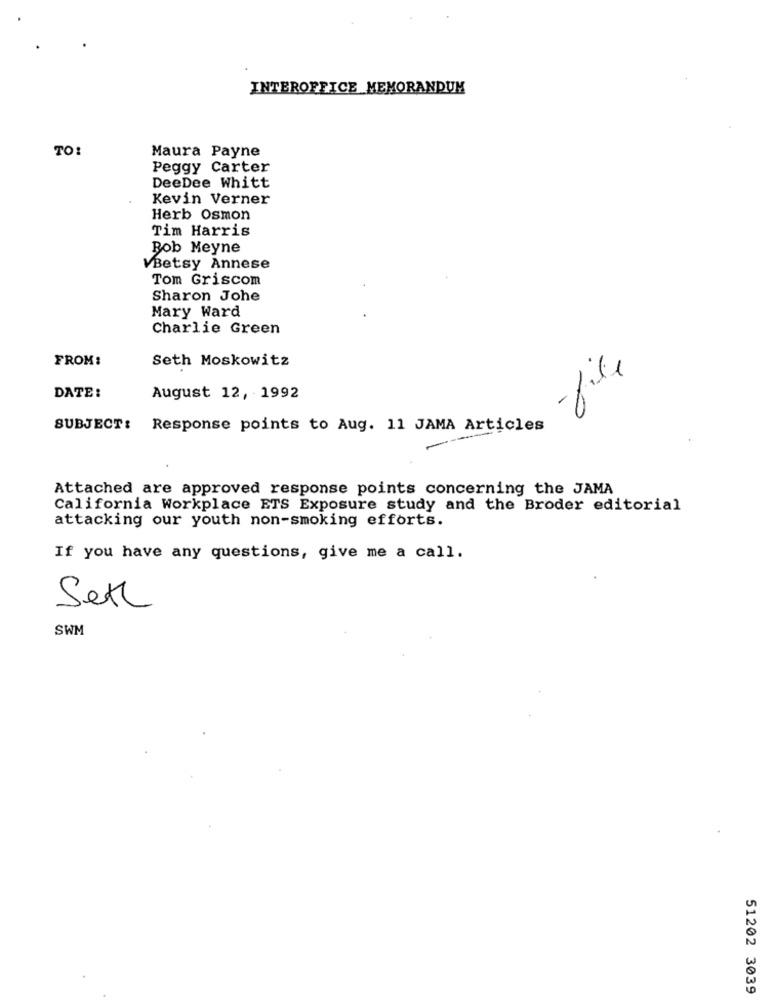
INTEROFFICE MEMORANDUM
TO:
Maura Payne
Peggy Carter
DeeDee Whitt
Kevin Verner
Herb Osmon
Tim Harris
Bob Meyne
Betsy Annese
Tom Griscom
Sharon Johe
Mary Ward
Charlie Green
FROM:
Seth Moskowitz
file
DATE:
August 12, 1992
SUBJECT: Response points to Aug. 11 JAMA Articles
Attached are approved response points concerning the JAMA
California Workplace ETS Exposure study and the Broder editorial
attacking our youth non-smoking efforts.
If you have any questions, give me a call.
Sett
SWM
51202 3039